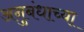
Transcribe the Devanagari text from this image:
अनुबंधाच्या